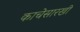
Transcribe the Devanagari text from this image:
काचेसारखी